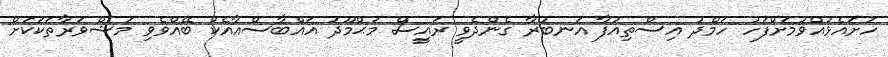
ހުށައެޅުއްވުމަށްފަހު ހަމްދު އިސްތިއުފާ އަނބުރާ ގެންދެވީ ރައީސް މަޙްމޫދު އައްބާސްއާއެކު ބޭއްވެވި މަޝްވަރާތަކަކަށް